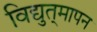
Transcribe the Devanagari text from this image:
विद्युत्‌मापन